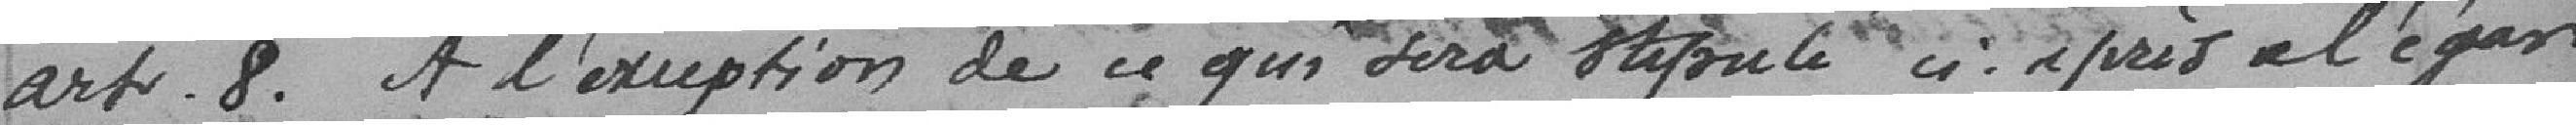
Art.8 A l'exception de ce qui sera stipulé ci-après à l'égard